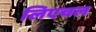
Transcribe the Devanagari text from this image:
लिएचल